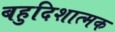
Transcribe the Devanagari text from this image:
बहुदिशात्मक